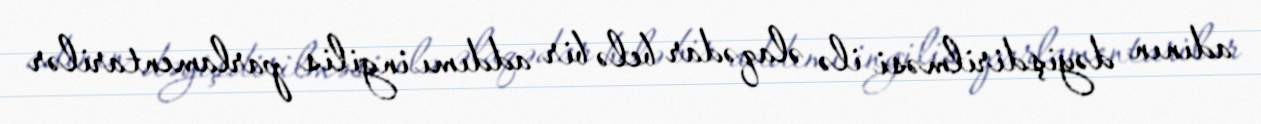
adının dəyişdirilməsi ilə əlaqədar belə bir addımı ingilis parlamentarilər